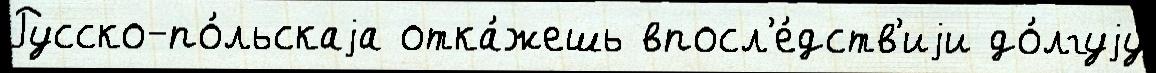
Русско-по́льскаjа отка́жешь впосл'е́дств'иjи до́лгуjу